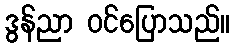
ဒွန်ညာ ဝင်ပြောသည်။